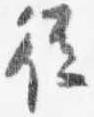
従